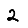
Digit: 2